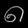
Digit: ၈